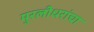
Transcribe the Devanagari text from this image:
मुरलीधरांचा